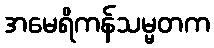
အမေရိကန်သမ္မတက